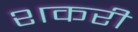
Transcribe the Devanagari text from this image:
शकरी